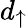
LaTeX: d_{\uparrow}